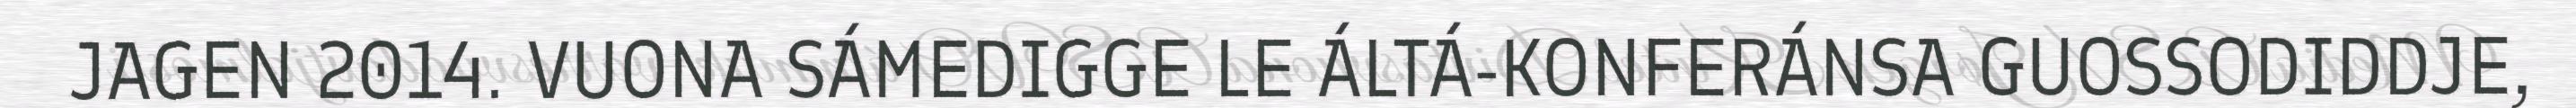
JAGEN 2014. VUONA SÁMEDIGGE LE ÁLTÁ-KONFERÁNSA GUOSSODIDDJE,